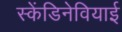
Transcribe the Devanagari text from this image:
स्केंडिनेवियाई